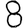
Digit: 8